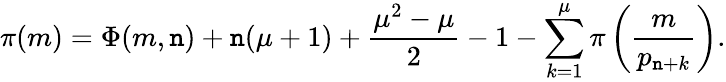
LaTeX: \pi(m)=\Phi(m,\mathtt{n})+\mathtt{n}(\mu+1)+{\frac{{\mu^{2}-\mu}}{{2}}}-1-\sum_{k=1}^{\mu}\pi\left({\frac{{m}}{{p_{\mathtt{n}+k}}}}\right).